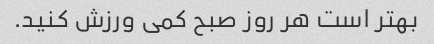
بهتر است هر روز صبح کمی ورزش کنید.